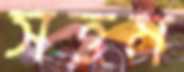
সত্তম